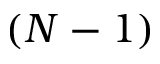
( N - 1 )